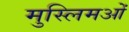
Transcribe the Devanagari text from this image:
मुस्लिमओं